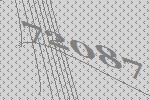
72087